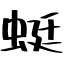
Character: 蜓